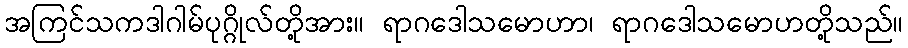
အကြင်သကဒါဂါမ်ပုဂ္ဂိုလ်တို့အား။ ရာဂဒေါသမောဟာ၊ ရာဂဒေါသမောဟတို့သည်။